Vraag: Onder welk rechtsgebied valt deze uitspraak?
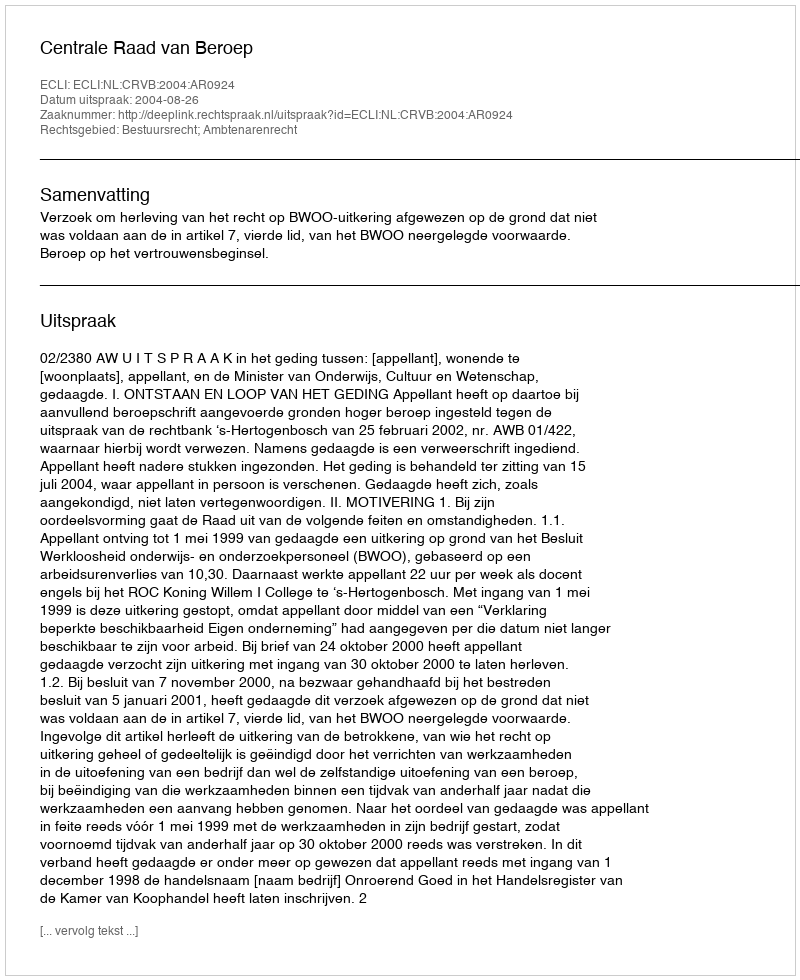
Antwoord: Bestuursrecht; Ambtenarenrecht